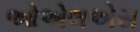
ઓએલએસ